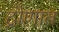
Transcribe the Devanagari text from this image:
द्रोणात